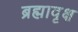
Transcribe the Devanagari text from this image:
ब्रह्मावृक्ष